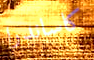
كاساندرا